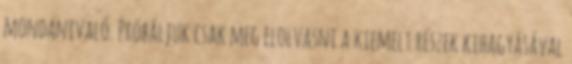
mondanivaló. Próbáljuk csak meg elolvasni a kiemelt részek kihagyásával